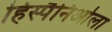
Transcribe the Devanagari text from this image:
हिस्पैनिओला